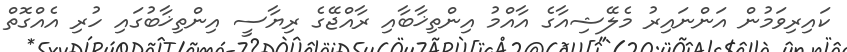
ކައިރިވަމުން އަންނައިރު މެލޭޝިއާގެ އާއްމު އިންތިޚާބާއި ރާއްޖޭގެ ރިޔާސީ އިންތިޚާބުގައި ހުރި އެއްގޮތް